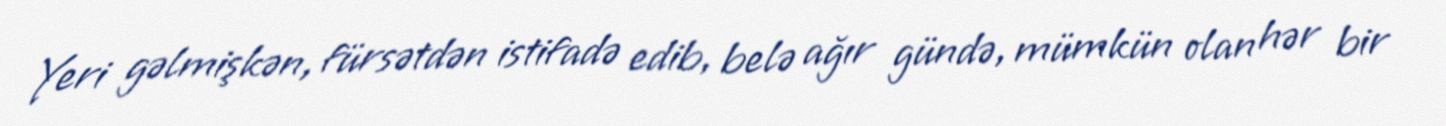
Yeri gəlmişkən, fürsətdən istifadə edib, belə ağır gündə, mümkün olan hər bir